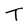
Character: T